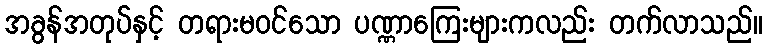
အခွန်အတုပ်နှင့် တရားမဝင်သော ပဏ္ဏာကြေးများကလည်း တက်လာသည်။